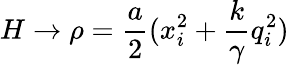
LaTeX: H\rightarrow\rho=\frac{a}{2}(x_{i}^{2}+\frac{k}{\gamma}q_{i}^{2})